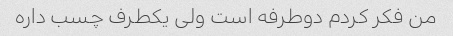
من فکر کردم دوطرفه است ولی یکطرف چسب داره